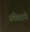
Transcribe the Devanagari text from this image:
संकेताचे